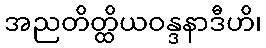
အညတိတ္ထိယဝန္ဒနာဒီဟိ၊